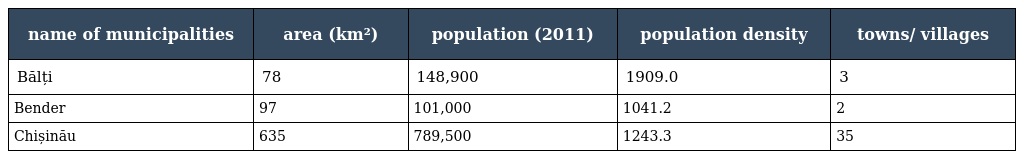
| name of municipalities | area (km²) | population (2011) | population density | towns/ villages |
 | --- | --- | --- | --- | --- |
 | Bălți | 78 | 148,900 | 1909.0 | 3 |
 | Bender | 97 | 101,000 | 1041.2 | 2 |
 | Chișinău | 635 | 789,500 | 1243.3 | 35 |